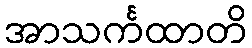
အာသင်္ကထာတိ